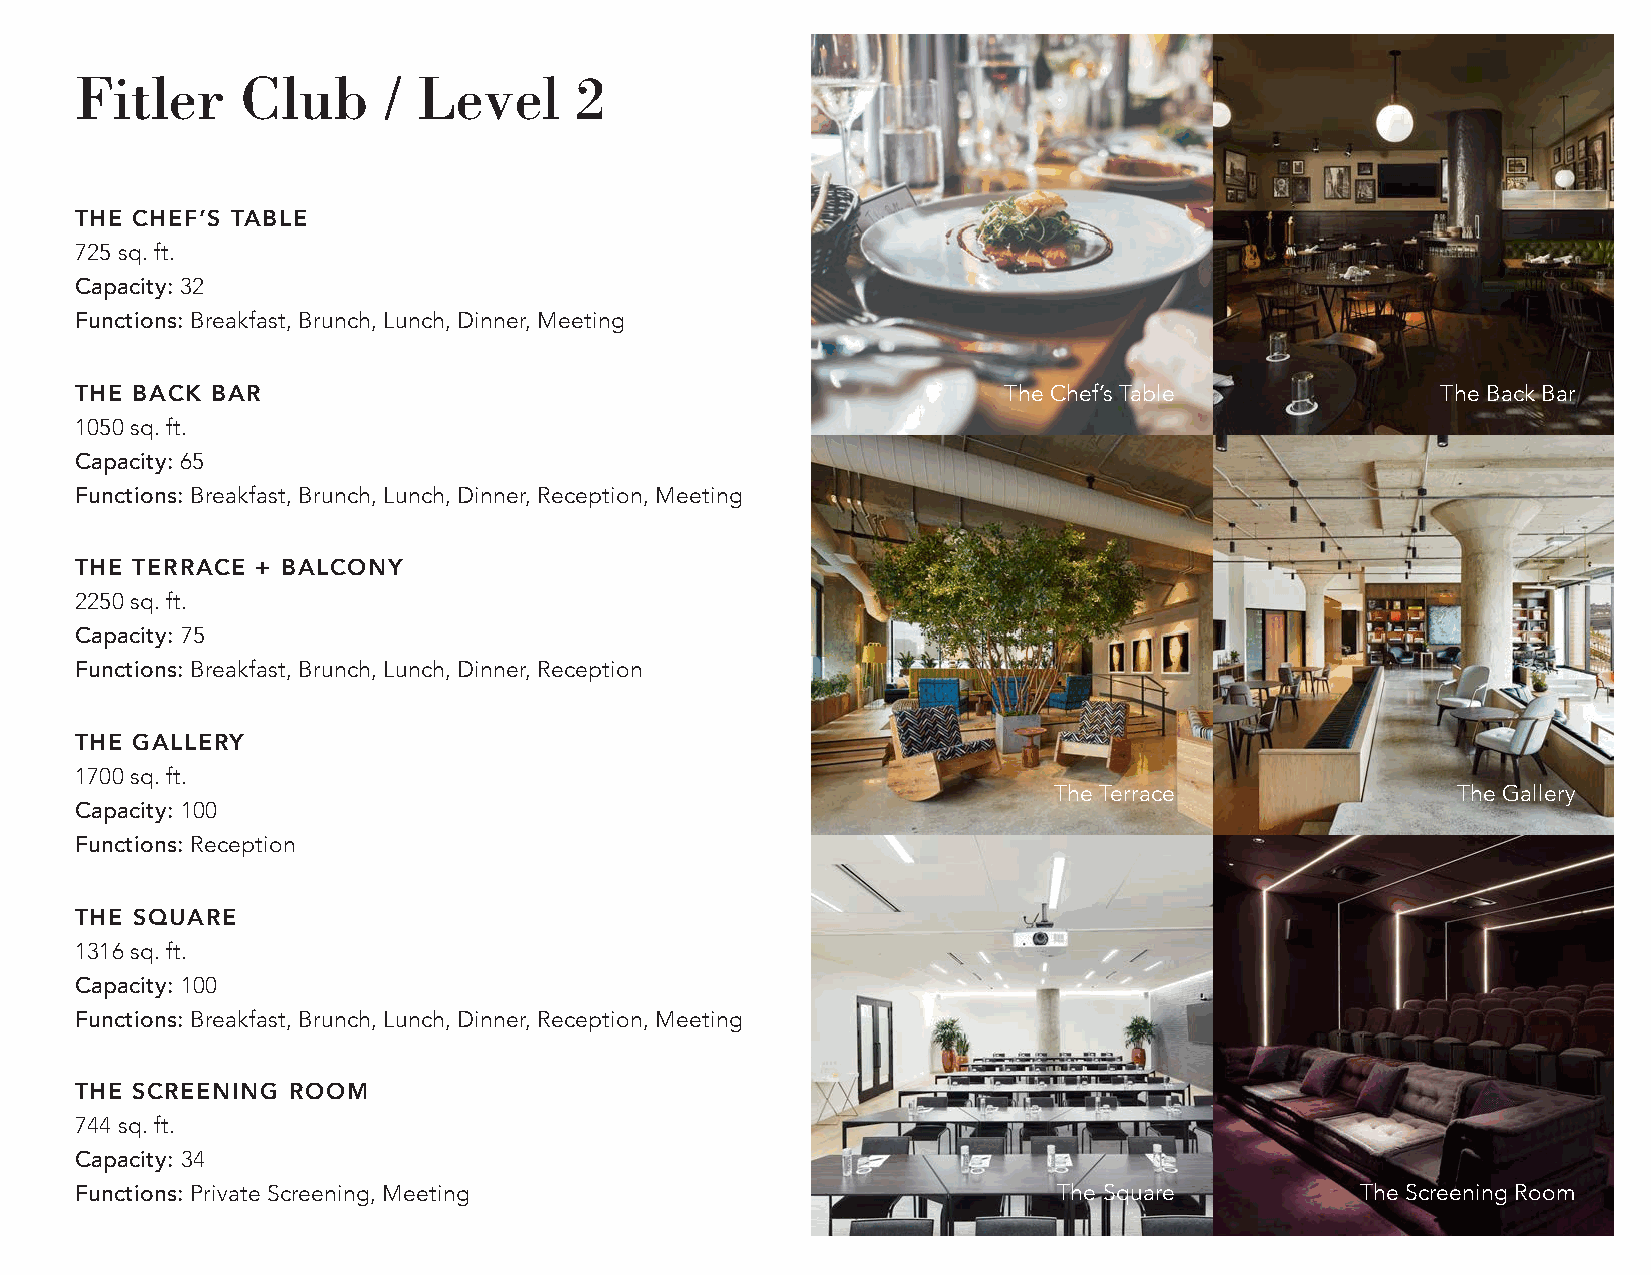
Fitler     Club     /  Level     2
 THE CHEF’S TABLE
 725 sq. ft.
 Capacity: 32
 Functions: Breakfast, Brunch, Lunch, Dinner, Meeting
 THE BACK BAR                                                 The Chef’s Table             The Back Bar
 1050 sq. ft.
 Capacity: 65
 Functions: Breakfast, Brunch, Lunch, Dinner, Reception, Meeting
 THE TERRACE + BALCONY
 2250 sq. ft.
 Capacity: 75
 Functions: Breakfast, Brunch, Lunch, Dinner, Reception
 THE GALLERY
 1700 sq. ft.
 The Terrace               The Gallery
 Capacity: 100
 Functions: Reception
 THE SQUARE
 1316 sq. ft.
 Capacity: 100
 Functions: Breakfast, Brunch, Lunch, Dinner, Reception, Meeting
 THE SCREENING ROOM
 744 sq. ft.
 Capacity: 34
 Functions: Private Screening, Meeting                            The Square          The Screening Room